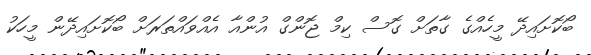
ބޯކޮށައިދޭ މީހެއްގެ ގާތަށް ގޮސް ކިމް ޖޮންގް އުންއާ އެއްވައްތަރަށް ބޯކޮށައިދޭން މީހަކު